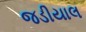
જડીયાલ